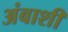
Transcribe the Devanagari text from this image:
अंबाशी